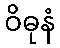
ဝိဓုနံ